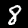
Digit: 8